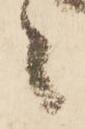
候